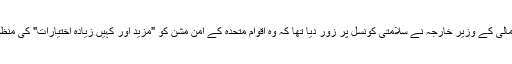
منگل کو مالی کے وزیر خارجہ نے سلامتی کونسل پر زور دیا تھا کہ وہ اقوام متحدہ کے امن مشن کو "مزید اور کہیں زیادہ اختیارات" کی منظوری دے۔